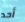
أحد